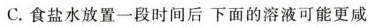
C.食盐水放置一段时间后下面的溶液可能更咸